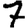
Digit: 7